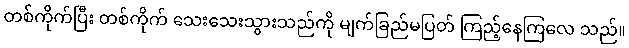
တစ်ကိုက်ပြီး တစ်ကိုက် သေးသေးသွားသည်ကို မျက်ခြည်မပြတ် ကြည့်နေကြလေ သည်။